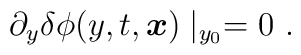
\partial_{y} \delta\phi(y,t,\mbox{\boldmath $x$})\mid_{y_0} =0\ .